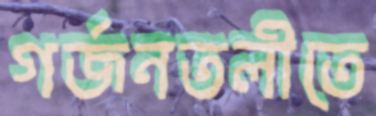
গর্জনতলীতে